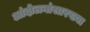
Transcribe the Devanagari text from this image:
आंदोलनांसारख्या